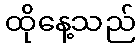
ထိုနေ့သည်